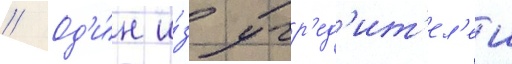
// Од'и́н и́з учр'ед'ит'ел'еи